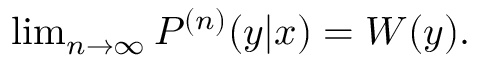
\begin{array} { r } { \operatorname* { l i m } _ { n \to \infty } P ^ { ( n ) } ( y | x ) = W ( y ) . } \end{array}